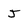
Character: J